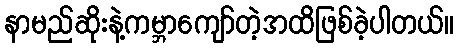
နာမည်ဆိုးနဲ့ကမ္ဘာကျော်တဲ့အထိဖြစ်ခဲ့ပါတယ်။